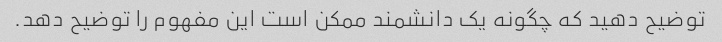
توضیح دهید که چگونه یک دانشمند ممکن است این مفهوم را توضیح دهد.